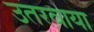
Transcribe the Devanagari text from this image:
उतरवाया